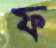
ফ